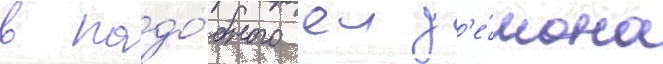
в подо́бного еи д'е́мона